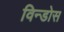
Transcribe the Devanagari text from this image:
विन्डोस